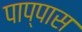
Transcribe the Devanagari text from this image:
पाप्पास